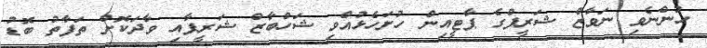
ހުންނެވި ނަވާޒް ޝަރީފްގެ ޕާޓީއިން ހުށަހެޅުއްވި ޝަހްބާޒް ޝަރީފާއި ވާދަކޮށް ތަފާތު ބޮޑު